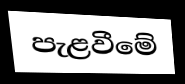
පැළවීමේ